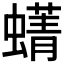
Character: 𫋛